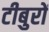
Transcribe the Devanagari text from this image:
टीबुरों